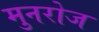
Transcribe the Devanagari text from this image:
मुनरोज